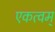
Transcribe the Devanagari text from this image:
एकत्वम्